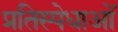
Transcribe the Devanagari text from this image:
प्रतिस्पेधाओं